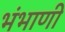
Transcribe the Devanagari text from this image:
भंभाणी